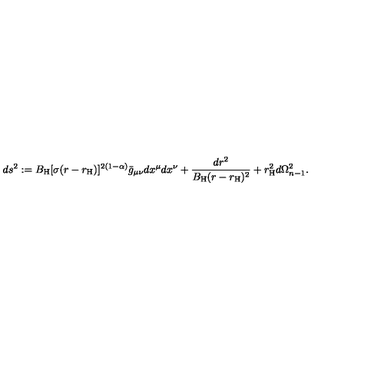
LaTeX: d s ^ { 2 } : = B _ { \mathrm { H } } [ \sigma ( r - r _ { \mathrm { H } } ) ] ^ { 2 ( 1 - \alpha ) } \bar { g } _ { \mu \nu } d x ^ { \mu } d x ^ { \nu } + \frac { d r ^ { 2 } } { B _ { \mathrm { H } } ( r - r _ { \mathrm { H } } ) ^ { 2 } } + r _ { \mathrm { H } } ^ { 2 } d \Omega _ { n - 1 } ^ { 2 } .